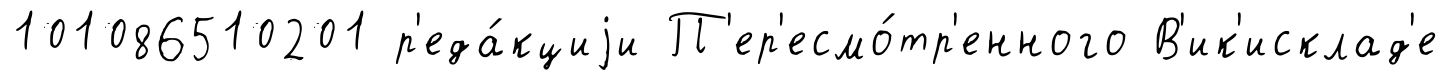
101086510201 р'еда́кциjи П'ер'есмо́тр'енного В'ик'исклад'е